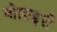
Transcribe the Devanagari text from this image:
बोहाइरी